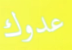
عدوك